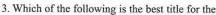
3. Which of the following is the best title for the